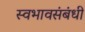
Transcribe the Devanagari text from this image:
स्वभावसंबंधी